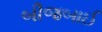
બીજબાઈ